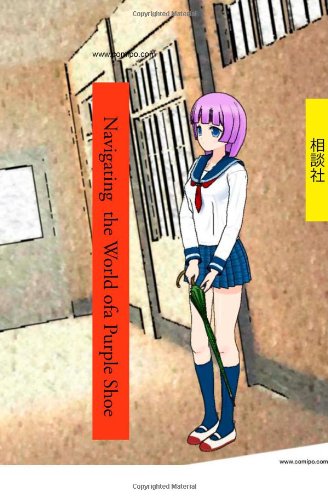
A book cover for Navigating the World of a Purple Shoe; Sodansha CoLtd; Comics & Graphic Novels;